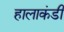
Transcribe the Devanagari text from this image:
हालाकंडी